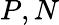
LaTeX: P,N